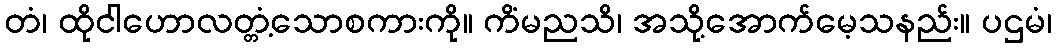
တံ၊ ထိုငါဟောလတ္တံ့သောစကားကို။ ကိံမညသိ၊ အသို့အောက်မေ့သနည်း။ ပဌမံ၊